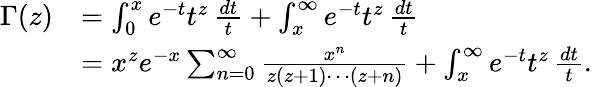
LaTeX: {\begin{array}{rl}{\Gamma(z)}&{=\int_{0}^{x}e^{-t}t^{z}\, {\frac{dt}{t}}+\int_{x}^{\infty}e^{-t}t^{z}\, {\frac{dt}{t}}}\\ &{=x^{z}e^{-x}\sum_{n=0}^{\infty}{\frac{x^{n}}{z(z+1)\cdots(z+n)}}+\int_{x}^{\infty}e^{-t}t^{z}\, {\frac{dt}{t}}.}\end{array}}